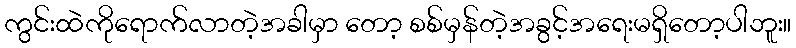
ကွင်းထဲကိုရောက်လာတဲ့အခါမှာ တော့ စစ်မှန်တဲ့အခွင့်အရေးမရှိတော့ပါဘူး။